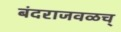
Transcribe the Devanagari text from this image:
बंदराजवळच्